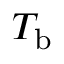
T _ { \mathrm { b } }